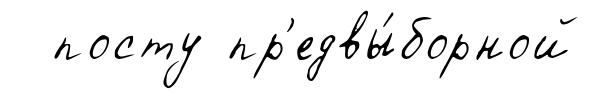
посту пр'едвы́борной